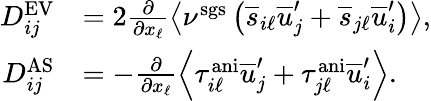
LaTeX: \begin{array}{rl}{D_{ij}^{\mathrm{EV}}}&{=2\frac{\partial}{\partial x_{\ell}}\left<\nu^{\mathrm{sgs}}\left(\overline{{s}}_{i\ell}\overline{{u}}_{j}^{\prime}+\overline{{s}}_{j\ell}\overline{{u}}_{i}^{\prime}\right)\right>,}\\ {D_{ij}^{\mathrm{AS}}}&{=-\frac{\partial}{\partial x_{\ell}}\left<\tau_{i\ell}^{\mathrm{ani}}\overline{{u}}_{j}^{\prime}+\tau_{j\ell}^{\mathrm{ani}}\overline{{u}}_{i}^{\prime}\right>.}\end{array}